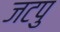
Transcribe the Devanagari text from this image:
जटपु